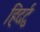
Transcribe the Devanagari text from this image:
हिदर्टु